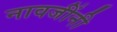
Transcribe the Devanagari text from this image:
नावजींनी